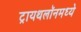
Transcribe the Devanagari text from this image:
ट्रायथलॉनमध्ये